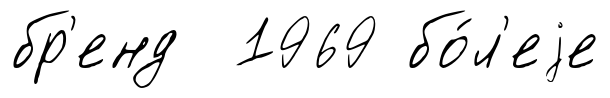
бр'енд 1969 бо́л'еjе